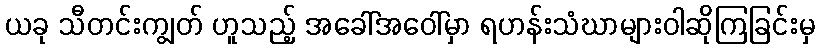
ယခု သီတင်းကျွတ် ဟူသည့် အခေါ်အဝေါ်မှာ ရဟန်းသံဃာများဝါဆိုကြခြင်းမှ